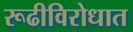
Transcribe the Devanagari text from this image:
रूढीविरोधात